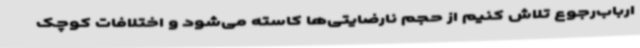
ارباب‌رجوع تلاش کنیم از حجم نارضایتی‌ها کاسته می‌شود و اختلافات کوچک